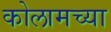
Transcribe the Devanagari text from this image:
कोलामच्या